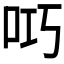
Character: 𫩟